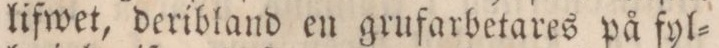
lifwet, deribland en grufarbetares på fyl=